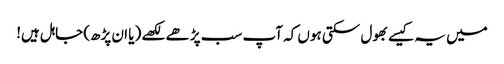
میں یہ کیسے بھول سکتی ہوں کہ آپ سب پڑھے لکھے (یا ان پڑھ) جاہل ہیں!